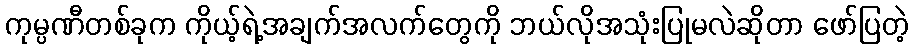
ကုမ္ပဏီတစ်ခုက ကိုယ့်ရဲ့အချက်အလက်တွေကို ဘယ်လိုအသုံးပြုမလဲဆိုတာ ဖော်ပြတဲ့